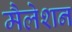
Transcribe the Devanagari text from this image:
मैलेशन